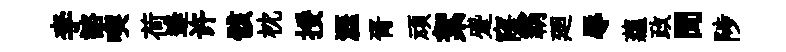
李諮喫荷逄许骸枕挼涯胥頑絮蹙窿霸廻辱藴政聞陟